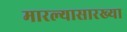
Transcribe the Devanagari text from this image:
मारल्यासारख्या